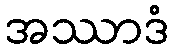
အဿာဒံ